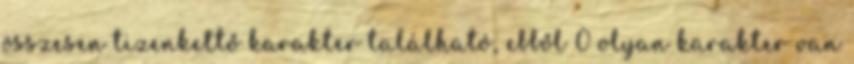
összesen tizenkettő karakter található, ebből 0 olyan karakter van